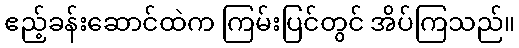
ဧည့်ခန်းဆောင်ထဲက ကြမ်းပြင်တွင် အိပ်ကြသည်။